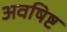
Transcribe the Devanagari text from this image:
अवषिष्ट